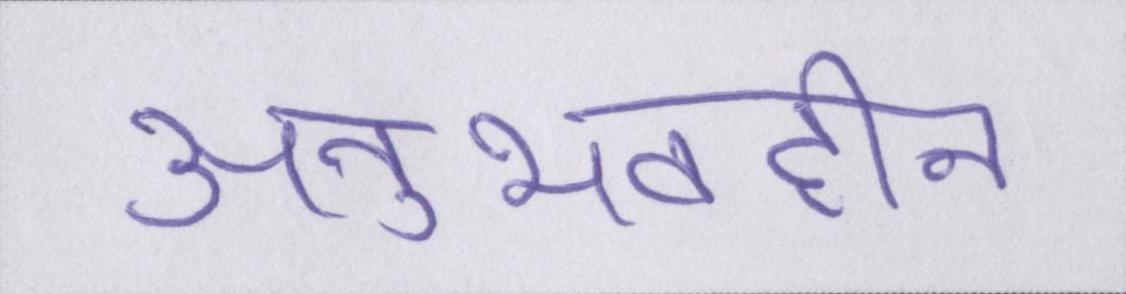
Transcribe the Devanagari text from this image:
अनुभवहीन